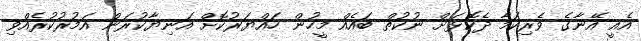
އެއީ އޭނާގެ ވެރިކަމާ ދެކޮޅަށް ނުކުތް ބައެއް މީހުން ހައްޔަރުކޮށް އަނިޔާކުރަން އަމުރުކުރެއްވި